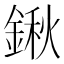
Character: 鍬